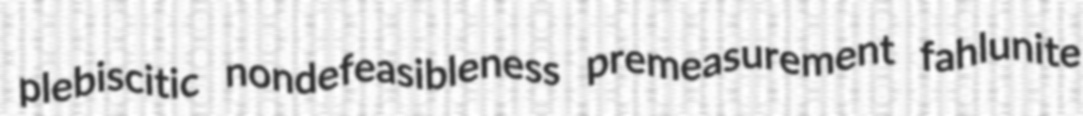
plebiscitic nondefeasibleness premeasurement fahlunite